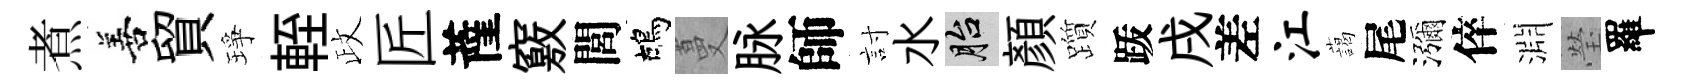
煮善貿琤輊政匠薩竅閭鴣蔓脉師討水胎顏躓䟦戌差江藹尾瀰倅淵瑩羅